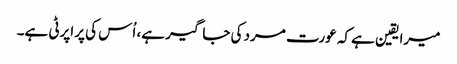
میرا یقین ہے کہ عورت مرد کی جاگیر ہے، اُس کی پراپرٹی ہے۔